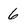
Character: 6